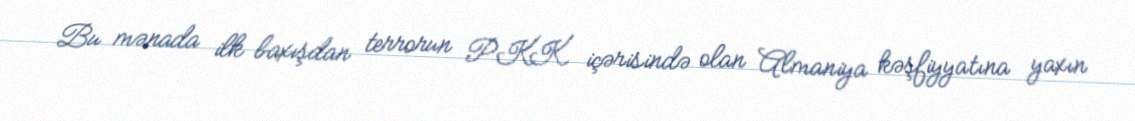
Bu mənada ilk baxışdan terrorun PKK içərisində olan Almaniya kəşfiyyatına yaxın